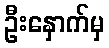
ဦးနှောက်မှ